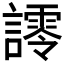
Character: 𮘿